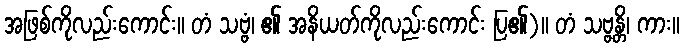
အဖြစ်ကိုလည်းကောင်း။ တံ သဗ္ဗံ၊ ၏ အနိယတ်ကိုလည်းကောင်း ပြ၏)။ တံ သဗ္ဗန္တိ၊ ကား။